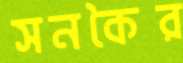
সনকৈর